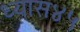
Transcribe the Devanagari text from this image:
ध्यास४५